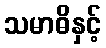
သမာဓိနှင့်